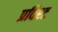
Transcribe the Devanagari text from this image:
प्रविश्ट